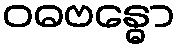
ဝဓဗန္ဓော